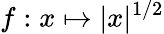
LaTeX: f:x\mapsto|x|^{1/2}